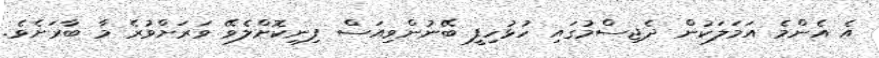
އެ އެންމެ އަމަލަކުން ދެޖިސްމުގައި ހުޅުހިފީ ބޭނުންވިއަސް ފިނިކޮށްލެވޭ ވަރަށްވުރެ މާ ބާރަށެވެ.